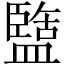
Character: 盬